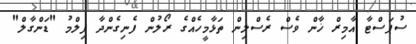
ސުޕަސްޓާ އާމިރް ޚާން ވެސް ރެސްލިން ތަޅާމީހެއްގެ ރޯލުން ފެނިގެންދާ ފިލްމު "ޑަންގާލް"